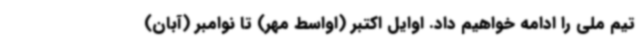
تیم ملی را ادامه خواهیم داد. اوایل اکتبر (اواسط مهر) تا نوامبر (آبان)